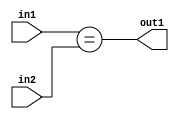
`timescale 1ps / 1ps
/*****************************************************************************
    Verilog RTL Description
    
    
    Created by: Stratus DpOpt 2019.1.01 
*******************************************************************************/

module in_buff_Equal_3Ux3U_1U_4 (
	in2,
	in1,
	out1
	); /* architecture "behavioural" */ 
input [2:0] in2,
	in1;
output  out1;
wire  asc001;

assign asc001 = (in1==in2);

assign out1 = asc001;
endmodule

/* CADENCE  urbySQ0= : u9/ySgnWtBlWxVPRXgAZ4Og= ** DO NOT EDIT THIS LINE ******/